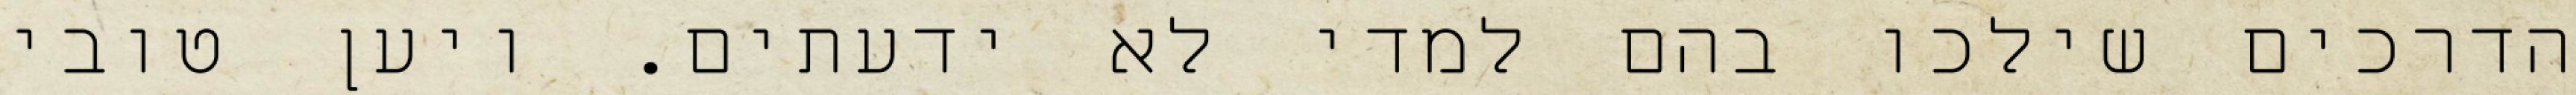
הדרכים שילכו בהם למדי לא ידעתים. ויען טובי